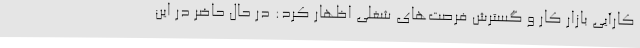
کارآیی بازار کار و گسترش فرصت‌های شغلی اظهار کرد: در حال حاضر در این